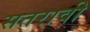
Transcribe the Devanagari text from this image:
सतरावी